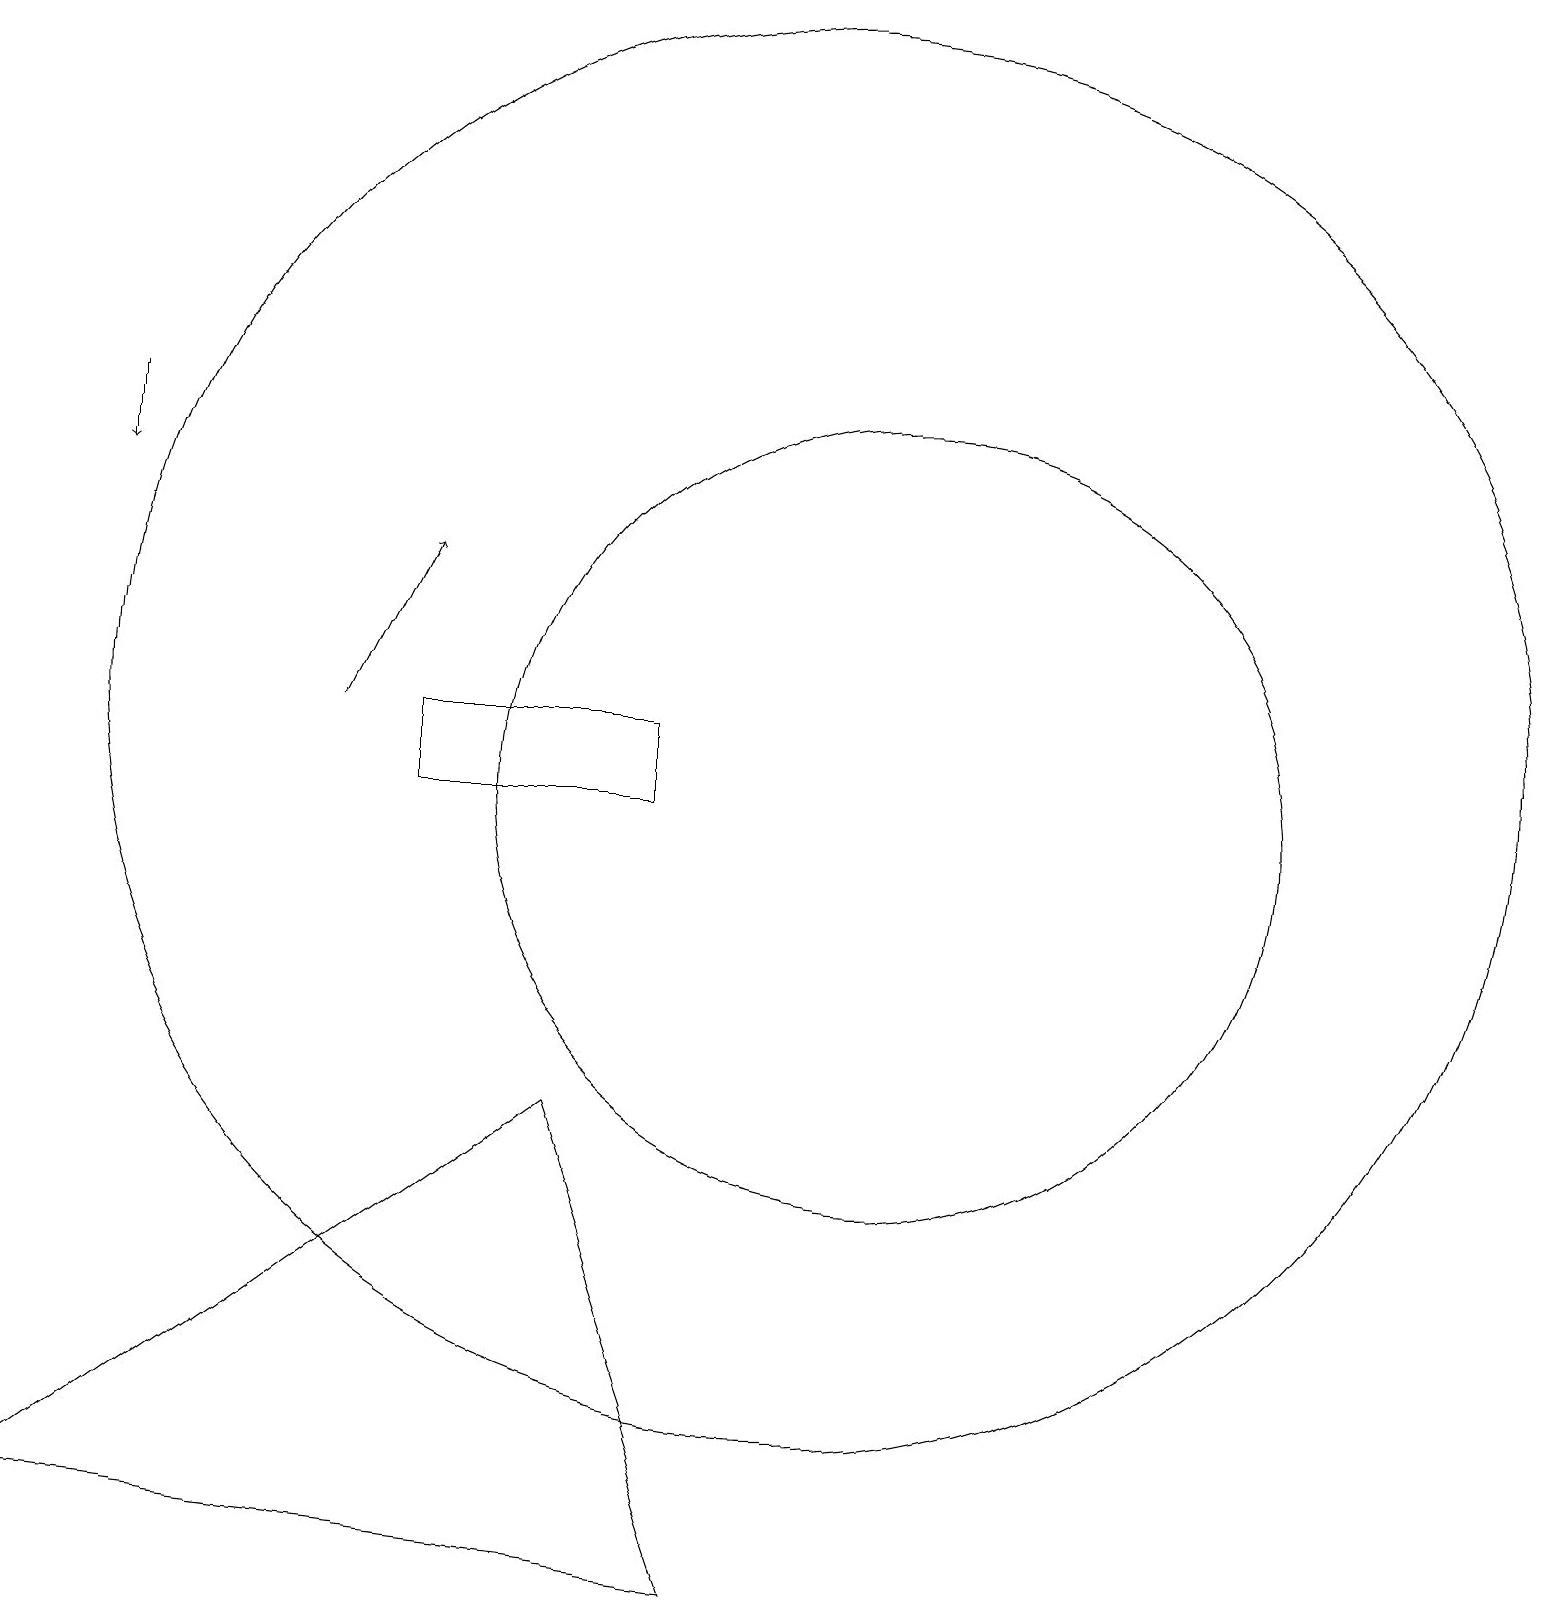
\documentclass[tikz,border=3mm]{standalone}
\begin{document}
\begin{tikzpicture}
\draw (10,11) circle (9);
\draw (9,0) -- (7,6) -- (0,1) -- cycle;
\draw (12,12) circle (0);
\draw (11,10) circle (5);
\draw (8,11) rectangle (5,10);
\draw[->] (4,11) -- (5,13);
\draw[->] (1,15) -- (1,14);
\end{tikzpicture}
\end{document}